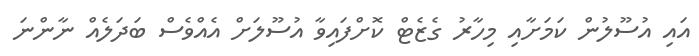
އައި އުސޫލުން ކަމަށާއި މިހާރު ގެޒެޓް ކޮށްފައިވާ އުސޫލަށް އެއްވެސް ބަދަލެއް ނާންނަ